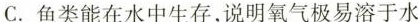
C. 鱼类能在水中生存，说明氧气极易溶于水